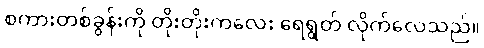
စကားတစ်ခွန်းကို တိုးတိုးကလေး ရေရွတ် လိုက်လေသည်။